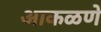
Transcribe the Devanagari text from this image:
आकळणे